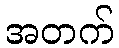
အတက်